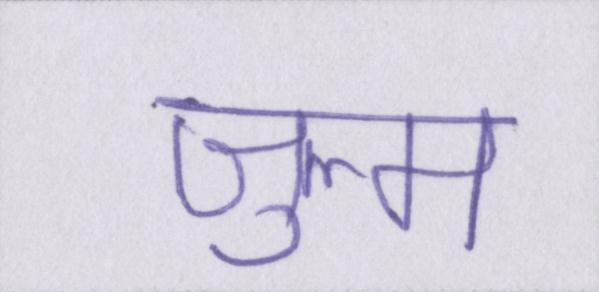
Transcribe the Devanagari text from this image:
ज़ुल्म